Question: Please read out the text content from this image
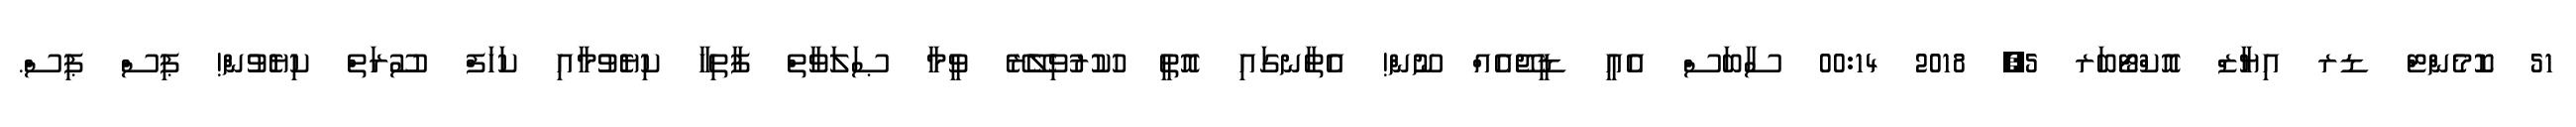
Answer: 51 ކޮމެންޓް ޑރ އިޔާޒް އޮކްޓޯބަރ 5, 2018 00:14 ސާބަސް އެއީ ޑީޖޭއެއް ނޫން! އެތާނގައި އޮތީ ހުކުރުވިލޭރޭ ވީމާ ޞަލަވާތް ފާތިހާ ކިޔެވުމާއި ކަހަފް ސޫރަތް ކިޔެވުން! ޕިސް ޕިސް.